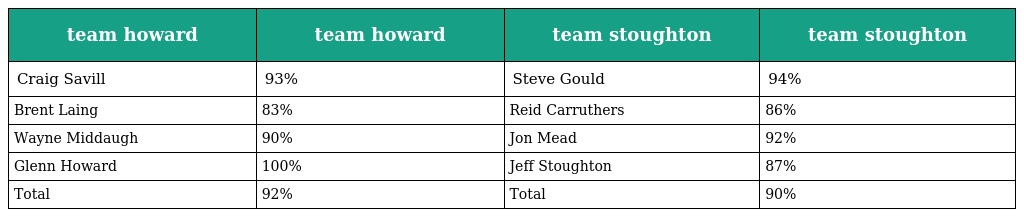
| team howard | team howard | team stoughton | team stoughton |
 | --- | --- | --- | --- |
 | Craig Savill | 93% | Steve Gould | 94% |
 | Brent Laing | 83% | Reid Carruthers | 86% |
 | Wayne Middaugh | 90% | Jon Mead | 92% |
 | Glenn Howard | 100% | Jeff Stoughton | 87% |
 | Total | 92% | Total | 90% |